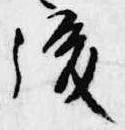
後